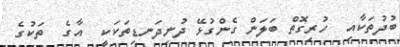
ބުދުތަކާއި  ހުރިގޮތް ބަލަން ގެންގުޅޭ ދުނިދަނޑިތަކަކީ  އާގެ  ތަކުގެ